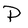
Character: P